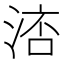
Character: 𣷧